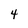
Character: 4